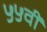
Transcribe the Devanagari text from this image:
५५वीं